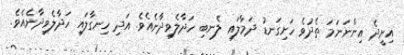
އިށީދެ އިންނަނަމަ ތެދުވެ ހަށިގަނޑު ދަމާލައި ލެނބި ހަދާލެވިދާނެއެވެ. އަދި ހިނގާލައި ހަދާލެވިދާނެއެވެ.